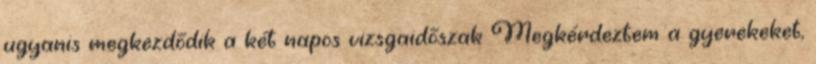
ugyanis megkezdődik a két napos vizsgaidőszak Megkérdeztem a gyerekeket,